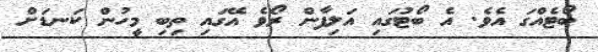
ބޯޓެއްގަ އެވެ. އެ ބޯޓުގައި އަލިފާން ރޯވެ އޭގައި ތިބި މީހުން ކަނޑަށް